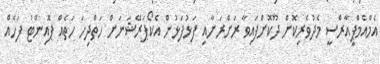
އެމްއެމްޕީއާރްސީ މެދުވެރިކޮށް ދޫކޮށްފައިވާ ރަށްރަށާއި ފަޅުފަޅުން އެކޯޕަރޭޝަނަށް ހަތްދިހަ ހަތެއް ޕޮއިންޓު ފަހެއް